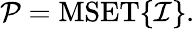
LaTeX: {\mathcal{P}}=\operatorname{MSET}\{ {\mathcal{I}}\} .